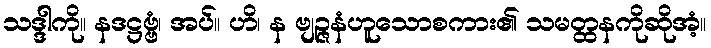
သဒ္ဒါကို။ နဒဋ္ဌဗ္ဗံ၊ အပ်။ ဟိ၊ န ဗျဉ္ဇနံဟူသောစကား၏ သမတ္ထနကိုဆိုအံ့။